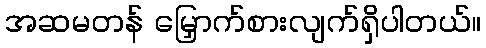
အဆမတန် မြှောက်စားလျက်ရှိပါတယ်။